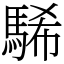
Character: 䮎